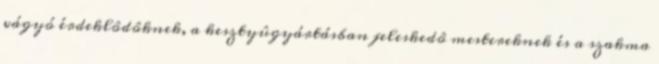
vágyó érdeklôdôknek, a kesztyûgyártásban jeleskedô mestereknek és a szakma